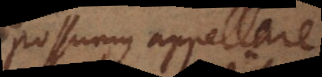
Possumus appellare